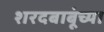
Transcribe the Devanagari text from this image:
शरदबाबूंच्या